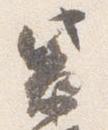
紫